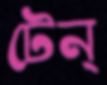
টেন্